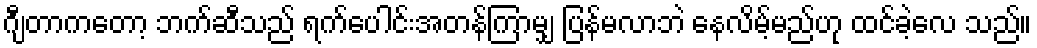
ဂျီတာကတော့ ဘက်ဆီသည် ရက်ပေါင်းအတန်ကြာမျှ ပြန်မလာဘဲ နေလိမ့်မည်ဟု ထင်ခဲ့လေ သည်။